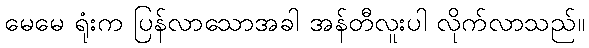
မေမေ ရုံးက ပြန်လာသောအခါ အန်တီလူးပါ လိုက်လာသည်။